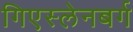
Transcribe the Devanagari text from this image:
गिएस्लेनबर्ग